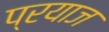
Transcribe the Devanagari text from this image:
प्रयाज